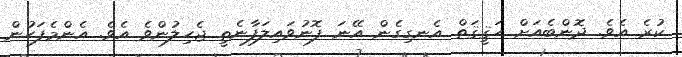
ކުރެ އެވެ. ދޮންބެއަށް ހަޤީޤަތް އެނގިގެން އޭނަ ފޮނުވައިލަފާނެތީ ޖެހިލުންވެ އެވެ. އެންމެފަހުން